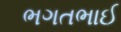
ભગતભાઈ